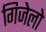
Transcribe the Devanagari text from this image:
गिजेलो